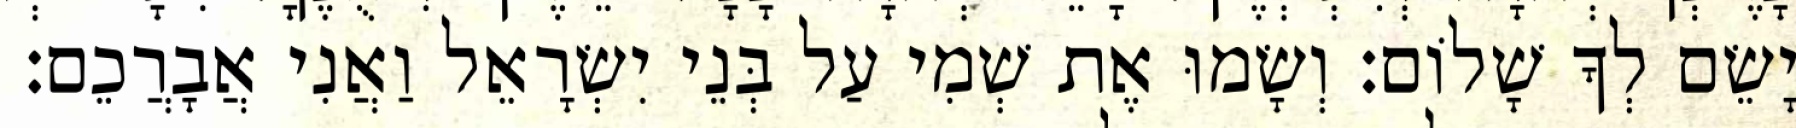
וְיָשֵׂם לְךָ שָׁלוֹם׃ וְשָׂמוּ אֶת שְׁמִי עַל בְּנֵי יִשְׂרָאֵל וַאֲנִי אֲבָרֲכֵם׃